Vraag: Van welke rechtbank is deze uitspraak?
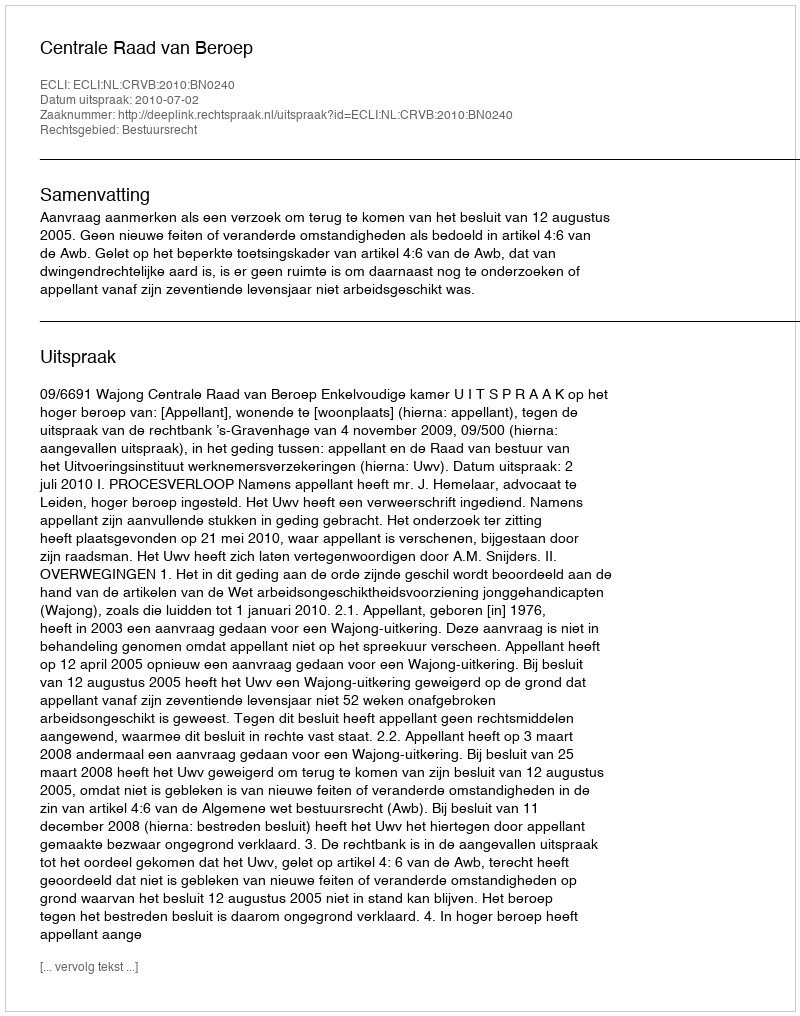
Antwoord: Centrale Raad van Beroep